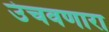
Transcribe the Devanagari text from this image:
उंचवणारा